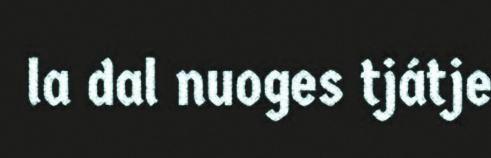
la dal nuoges tjátje